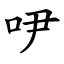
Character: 吚